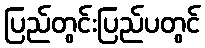
ပြည်တွင်းပြည်ပတွင်